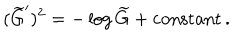
( \widetilde { G } ^ { \prime } ) ^ { 2 } = - \log \widetilde { G } + \mathrm { c o n s t a n t } \, .